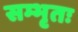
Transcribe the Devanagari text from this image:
सम्भृतः